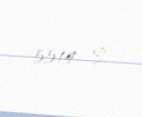
5514 $